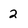
Character: 2